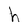
Character: h